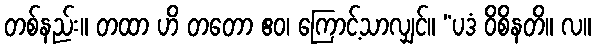
တစ်နည်း။ တထာ ဟိ တတော ဧဝ၊ ကြောင့်သာလျှင်။ “ပဒံ ဝိစိနတိ။ လ။